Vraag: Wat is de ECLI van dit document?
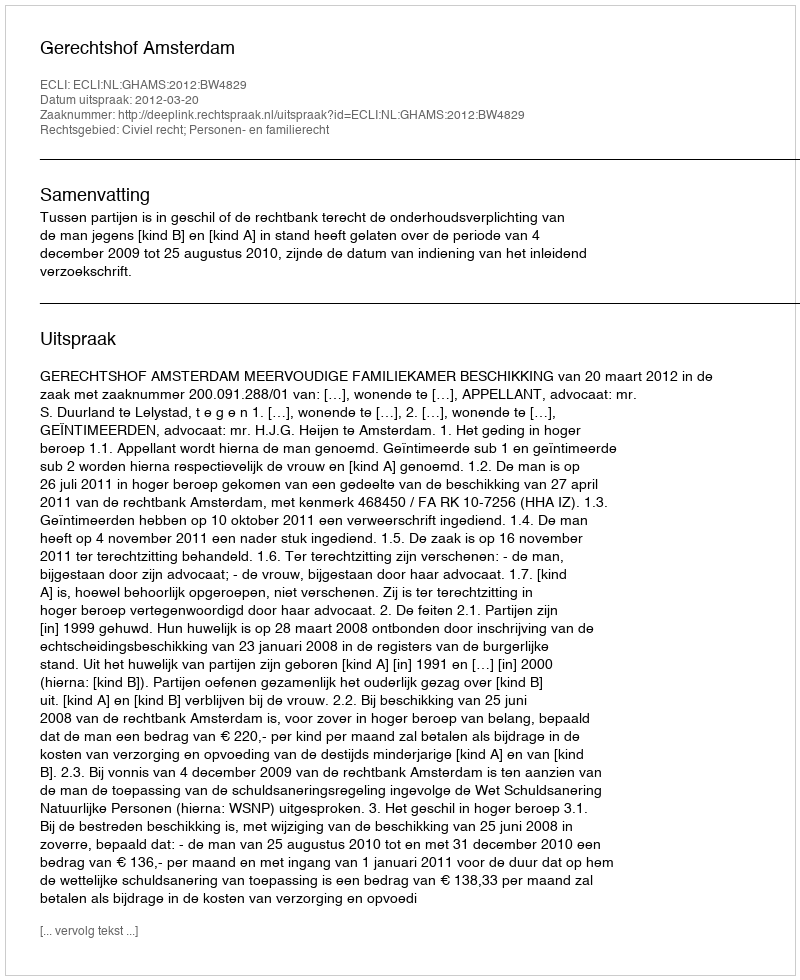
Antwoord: ECLI:NL:GHAMS:2012:BW4829